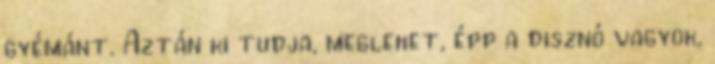
gyémánt. Aztán ki tudja, meglehet, épp a disznó vagyok,